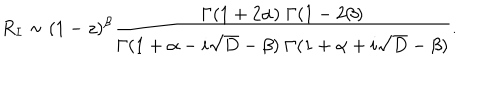
R _ { I } \sim ( 1 - z ) ^ { \beta } { \frac { \Gamma ( 1 + 2 \alpha ) \; \Gamma ( 1 - 2 \beta ) } { \Gamma ( 1 + \alpha - i \sqrt { D } - \beta ) \; \Gamma ( 1 + \alpha + i \sqrt { D } - \beta ) } } .